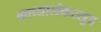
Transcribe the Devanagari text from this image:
काव्यालंकरसूत्र